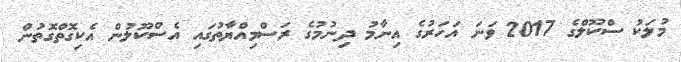
މުލަކު ސްކޫލްގެ 2017 ވަނަ އަހަރުގެ އިނާމު ދިނުމުގެ ރަސްމިއްޔާތުގައި އެސްކޫލުން އެކިގޮތްގޮތުން